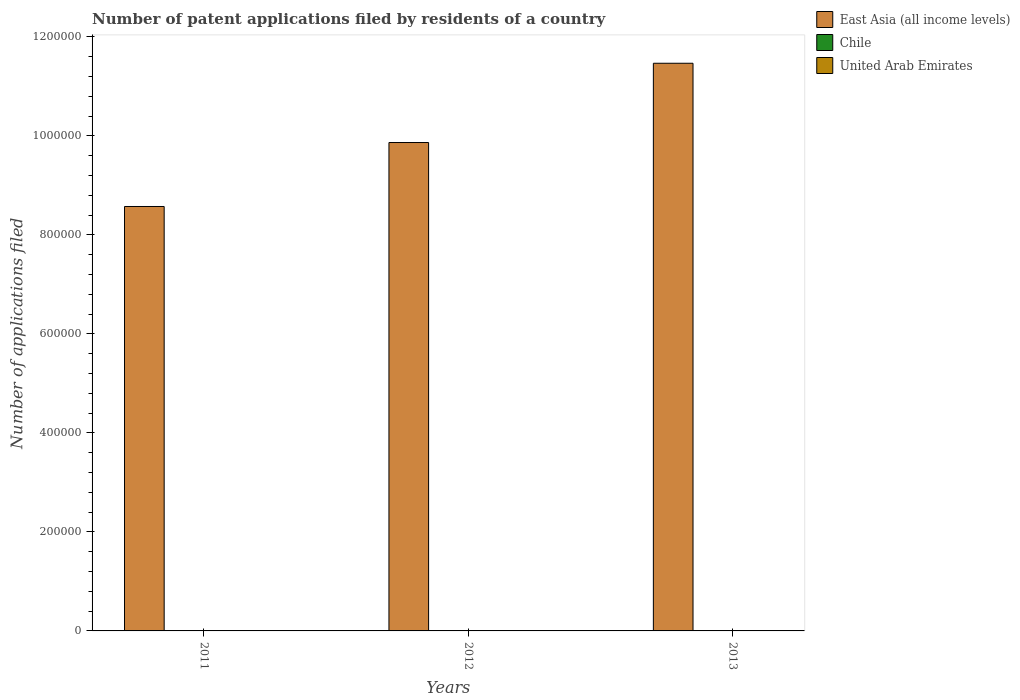
| Years | East Asia (all income levels) | Chile | United Arab Emirates |
 | --- | --- | --- | --- |
 | 2011 | 8.58e+05 | 339 | 26 |
 | 2012 | 9.87e+05 | 336 | 20 |
 | 2013 | 1.15e+06 | 340 | 18 |